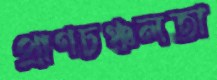
প্রাণচঞ্চলতা